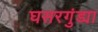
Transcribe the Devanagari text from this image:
घसरगुंड्या